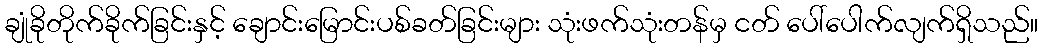
ချုံခိုတိုက်ခိုက်ခြင်းနှင့် ချောင်းမြောင်းပစ်ခတ်ခြင်းများ သုံးဖက်သုံးတန်မှ ငတ် ပေါ်ပေါက်လျက်ရှိသည်။